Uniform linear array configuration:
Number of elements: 12
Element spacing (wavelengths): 0.25
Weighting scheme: cosine
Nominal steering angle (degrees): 15
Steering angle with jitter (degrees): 13.28
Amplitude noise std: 0.05
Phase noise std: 0.05

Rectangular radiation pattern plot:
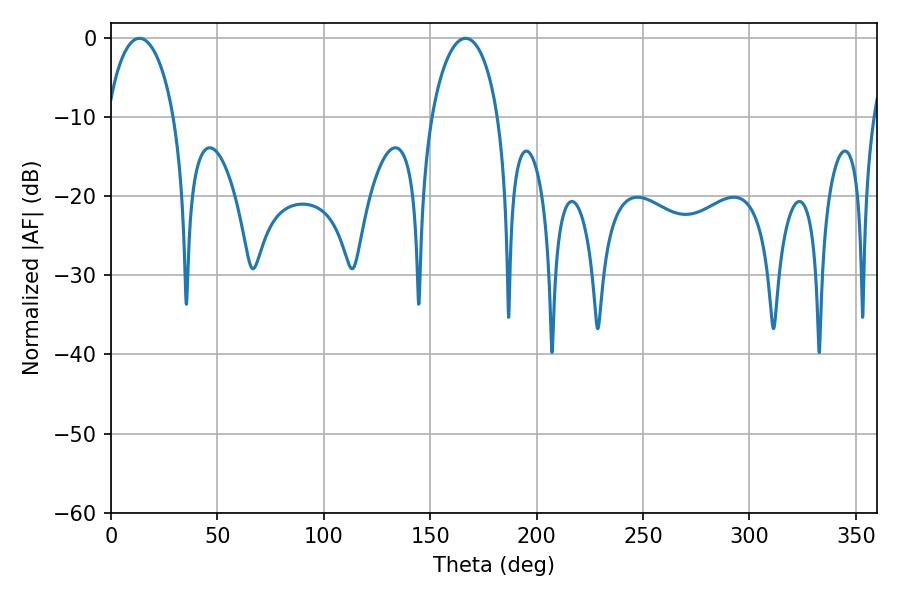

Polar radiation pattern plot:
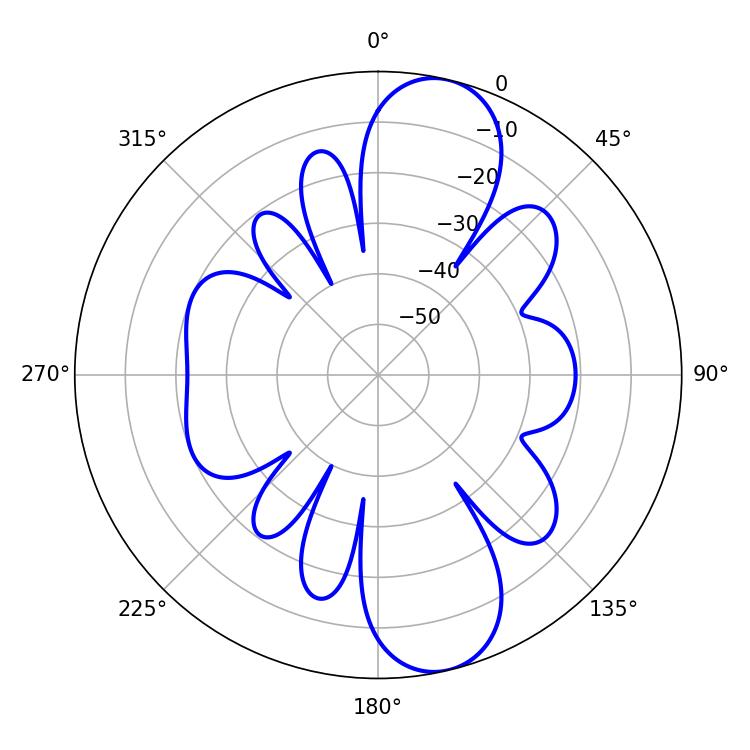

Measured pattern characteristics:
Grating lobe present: FALSE
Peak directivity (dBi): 11.033
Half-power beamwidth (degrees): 18
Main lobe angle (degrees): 13.32